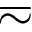
\eqsim